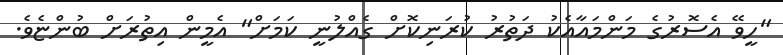
"ހީވޭ އެސޮރުގެ މަންމައާއެކު ދަތުރު ކުރަނިކޮށް ގެއްލުނީ ކަމަށް" އެމީން އިތުރަށް ބުންޏެވެ.